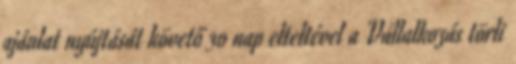
ajánlat nyújtását követő 30 nap elteltével a Vállalkozás törli